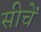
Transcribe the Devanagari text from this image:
सीचें